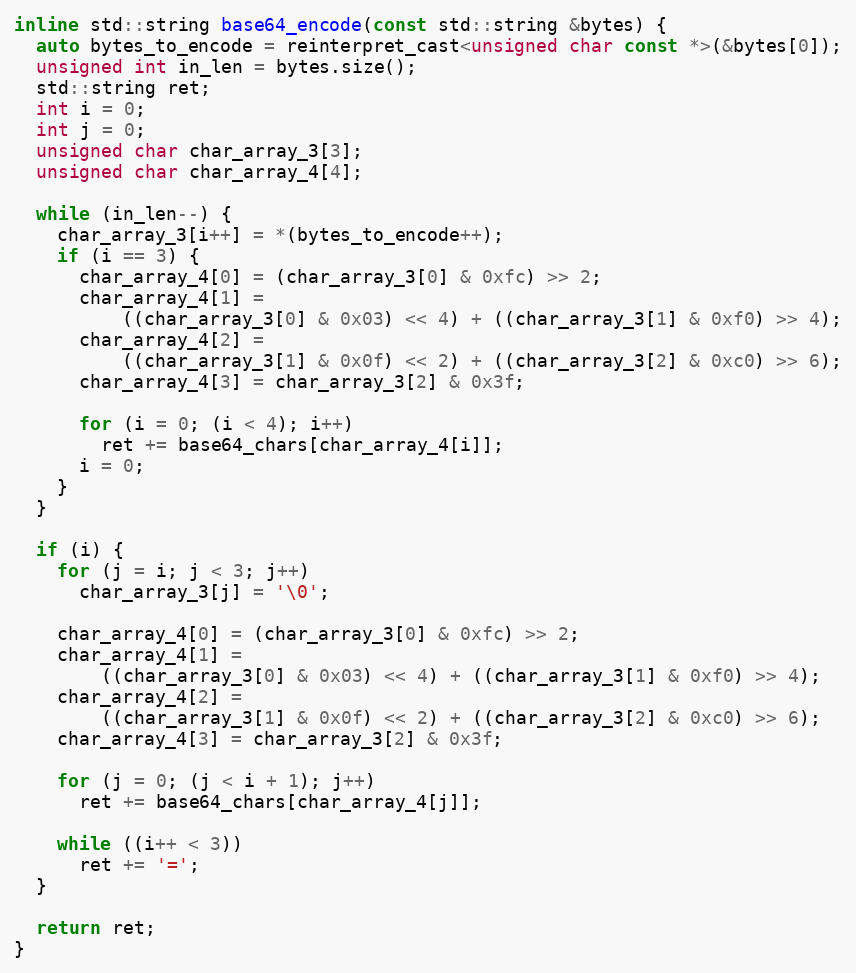
Language: C
inline std::string base64_encode(const std::string &bytes) {
  auto bytes_to_encode = reinterpret_cast<unsigned char const *>(&bytes[0]);
  unsigned int in_len = bytes.size();
  std::string ret;
  int i = 0;
  int j = 0;
  unsigned char char_array_3[3];
  unsigned char char_array_4[4];

  while (in_len--) {
    char_array_3[i++] = *(bytes_to_encode++);
    if (i == 3) {
      char_array_4[0] = (char_array_3[0] & 0xfc) >> 2;
      char_array_4[1] =
          ((char_array_3[0] & 0x03) << 4) + ((char_array_3[1] & 0xf0) >> 4);
      char_array_4[2] =
          ((char_array_3[1] & 0x0f) << 2) + ((char_array_3[2] & 0xc0) >> 6);
      char_array_4[3] = char_array_3[2] & 0x3f;

      for (i = 0; (i < 4); i++)
        ret += base64_chars[char_array_4[i]];
      i = 0;
    }
  }

  if (i) {
    for (j = i; j < 3; j++)
      char_array_3[j] = '\0';

    char_array_4[0] = (char_array_3[0] & 0xfc) >> 2;
    char_array_4[1] =
        ((char_array_3[0] & 0x03) << 4) + ((char_array_3[1] & 0xf0) >> 4);
    char_array_4[2] =
        ((char_array_3[1] & 0x0f) << 2) + ((char_array_3[2] & 0xc0) >> 6);
    char_array_4[3] = char_array_3[2] & 0x3f;

    for (j = 0; (j < i + 1); j++)
      ret += base64_chars[char_array_4[j]];

    while ((i++ < 3))
      ret += '=';
  }

  return ret;
}